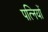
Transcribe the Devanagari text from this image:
पत्‍िनयों